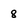
Character: 8